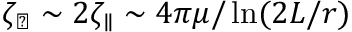
\zeta _ { \perp } \sim 2 \zeta _ { \parallel } \sim 4 \pi \mu / \ln ( 2 L / r )